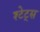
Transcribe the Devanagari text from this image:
श्टेट्स